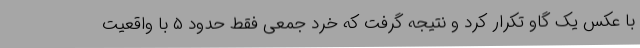
با عکس یک گاو تکرار کرد و نتیجه گرفت که خرد جمعی فقط حدود ۵ با واقعیت